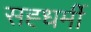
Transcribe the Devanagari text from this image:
सह्धर्मी